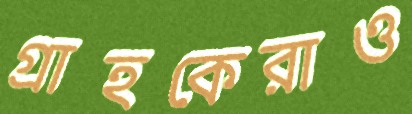
গ্রাহকেরাও